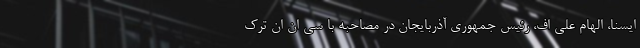
ایسنا، الهام علی اف، رئیس جمهوری آذربایجان در مصاحبه با سی ان ان ترک